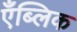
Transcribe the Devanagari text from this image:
एँब्लिक